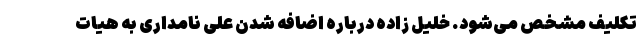
تکلیف مشخص می‌شود. خلیل زاده درباره اضافه شدن علی نامداری به هیات